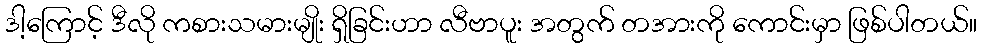
ဒါ့ကြောင့် ဒီလို ကစားသမားမျိုး ရှိခြင်းဟာ လီဗာပူး အတွက် တအားကို ကောင်းမှာ ဖြစ်ပါတယ်။